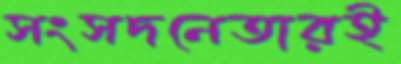
সংসদনেতারই